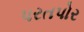
પરતપોર